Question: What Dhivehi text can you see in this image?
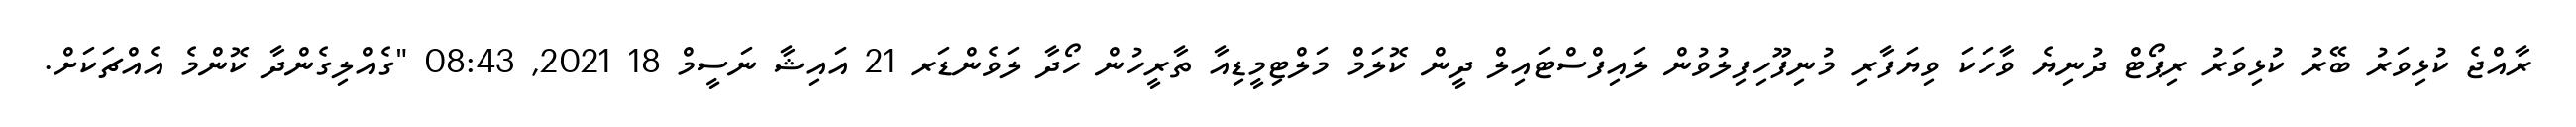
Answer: ރާއްޖެ ކުޅިވަރު ބޭރު ކުޅިވަރު ރިޕޯޓް ދުނިޔެ ވާހަކަ ވިޔަފާރި މުނިފޫހިފިލުވުން ލައިފްސްޓައިލް ދީން ކޮލަމް މަލްޓިމީޑިއާ ތާރީހުން ހޯދާ ލަވެންޑަރ 21 އައިޝާ ނަސީމް 18 2021, 08:43 "ގެއްލިގެންދާ ކޮންމެ އެއްޗަކަށް.